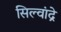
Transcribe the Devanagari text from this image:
सिल्वांद्रे